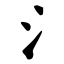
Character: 氵